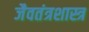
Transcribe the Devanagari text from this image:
जैवतंत्रशास्त्र